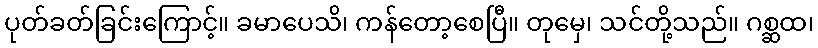
ပုတ်ခတ်ခြင်းကြောင့်။ ခမာပေသိ၊ ကန်တော့စေပြီ။ တုမှေ၊ သင်တို့သည်။ ဂစ္ဆထ၊